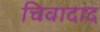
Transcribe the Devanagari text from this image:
चिवादाद